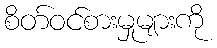
စိတ်ဝင်စားမှုများကို